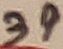
Text: 39